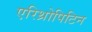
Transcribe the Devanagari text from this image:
एरिथ्रोपिटिन